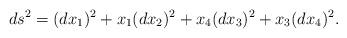
LaTeX: \begin{align*} ds^{2}=(dx_{1})^{2}+x_1(dx_{2})^{2}+x_4 (dx_{3})^{2}+x_3(dx_{4})^{2}.\end{align*}